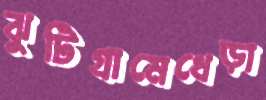
ঝুটিগ্রামেধেড়া